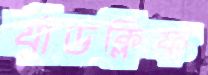
র‍্যাডক্লিফ